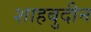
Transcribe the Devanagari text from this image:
शाहबुदीन